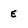
Character: E